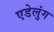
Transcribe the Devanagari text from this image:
एडेलुंग